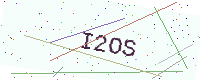
Text: I2OS